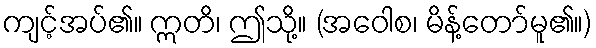
ကျင့်အပ်၏။ ဣတိ၊ ဤသို့။ (အဝေါစ၊ မိန့်တော်မူ၏။)